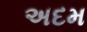
અદમ